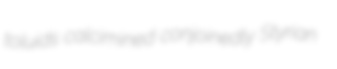
toluids calcimined conjoinedly Styrian